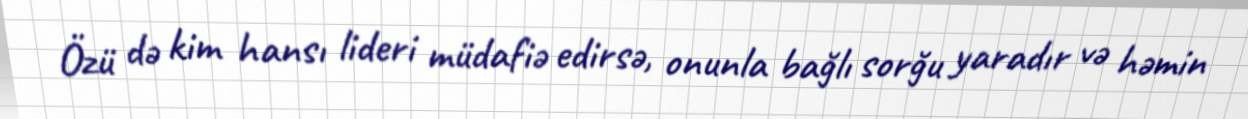
Özü də kim hansı lideri müdafiə edirsə, onunla bağlı sorğu yaradır və həmin